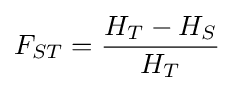
F_{ST}={\frac {H_{T}-H_{S}}{H_{T}}}